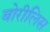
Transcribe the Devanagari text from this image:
बोरीलिस